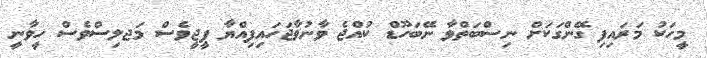
މީހަކު މަރައިފި ގޭންގަކަށް ނިސްބަތްވާ ނޭބަހޫޑް ކުއްޖެ ވާނުވާޖަހައިފިއްޔާ ޕީޖީވެސް މަޖލިސްވެސް ހީވާނީ